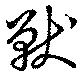
獸